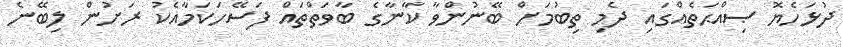
ދުޅަހެޔޮ ޞިއްޙަތެއްގައި ދެމި ތިބުމަށް ބޭނުންވާ ކާނާގެ ބާވަތްތައް ފަސޭހަކަމާއެކު ރަށުން ލިބޭނެ